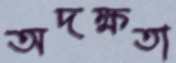
অদক্ষতা